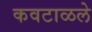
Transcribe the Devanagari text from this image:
कवटाळले